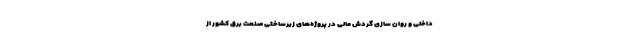
داخلی و روان سازی گردش مالی در پروژه‌های زیرساختی صنعت برق کشور از